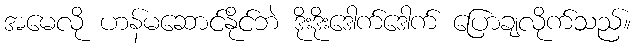
အမေလို ဟန်မဆောင်နိုင်ဘဲ ဒိုးဒိုးဒေါက်ဒေါက် ပြောချလိုက်သည်။